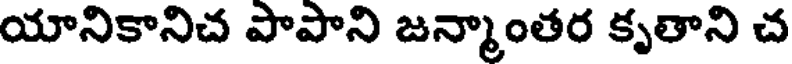
యానికానిచ పాపాని జన్మాంతర కృతాని చ